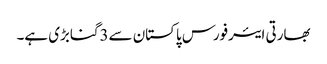
بھارتی ایئرفورس پاکستان سے3گنابڑی ہے۔